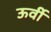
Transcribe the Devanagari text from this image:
ऊर्वी